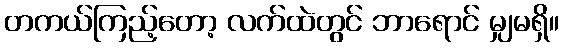
တကယ်ကြည့်တော့ လက်ထဲတွင် ဘာရောင် မျှမရှိ။